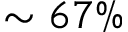
\sim 6 7 \%